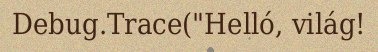
Debug.Trace("Helló, világ!